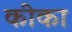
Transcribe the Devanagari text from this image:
कीका